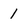
Character: 1